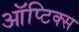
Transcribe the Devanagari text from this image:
ऑप्टिक्‍स